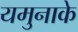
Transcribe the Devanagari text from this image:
यमुनाके